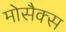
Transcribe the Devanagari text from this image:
मोसैक्स